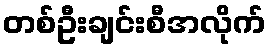
တစ်ဦးချင်းစီအလိုက်